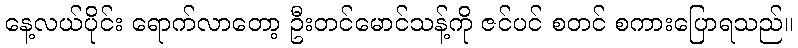
နေ့လယ်ပိုင်း ရောက်လာတော့ ဦးတင်မောင်သန့်ကို ဇင်ပင် စတင် စကားပြောရသည်။